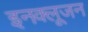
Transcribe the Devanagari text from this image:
इनक्लूजन